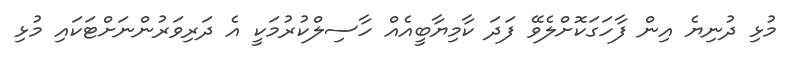
މުޅި ދުނިޔެ އިން ފާހަގަކޮށްލެވޭ ފަދަ ކާމިޔާބީއެއް ހާސިލްކުރުމަކީ އެ ދަރިވަރުންނަށްޓަކައި މުޅި